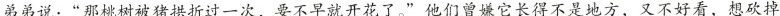
弟弟说：”那桃树被猪拱折过一次，要不早就开花了。”他们曾嫌它长得不是地方，又不好看，想砍掉